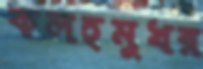
কলহমুখর